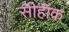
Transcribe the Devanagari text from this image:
सीहॉक